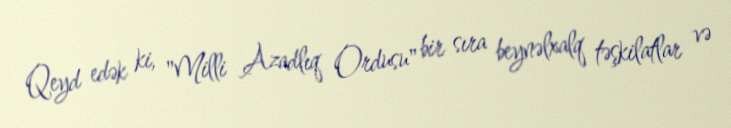
Qeyd edək ki, "Milli Azadlıq Ordusu" bir sıra beynəlxalq təşkilatlar və